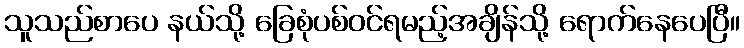
သူသည်စာပေ နယ်သို့ ခြေစုံပစ်ဝင်ရမည့်အချိန်သို့ ရောက်နေပေပြီ။